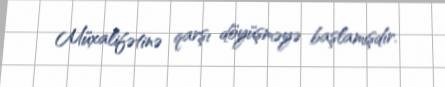
Müxalifətinə qarşı döyüşməyə başlamışdır.